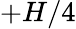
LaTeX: +H/4